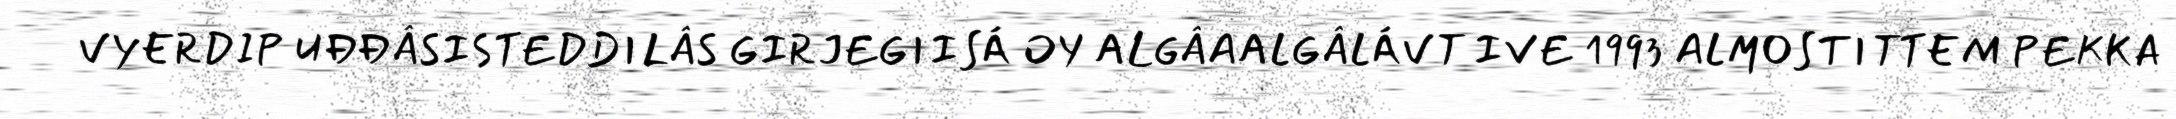
VYERDIP UĐĐÂSISTEDDILÂS GIRJEGIISÁ OY ALGÂAALGÂLÁVT IVE 1993 ALMOSTITTEM PEKKA